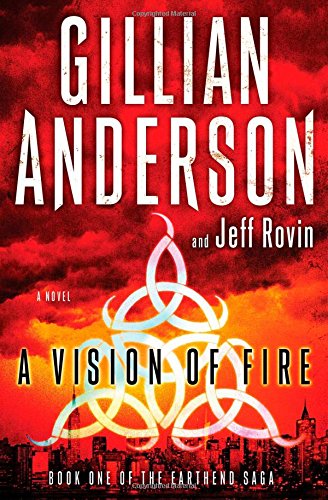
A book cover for A Vision of Fire: A Novel (Earthend Saga); Gillian Anderson; Mystery, Thriller & Suspense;